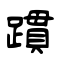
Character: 躀